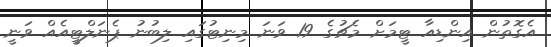
އެގޮތުން އިންޑިއާ ޓީމަށް މެޗުގެ 19 ވަނަ މިނިޓުގައި ލިބުނު ޕެނަލްޓީއެއް ވަނީ